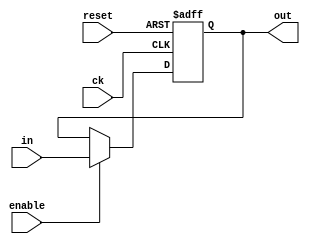
module reg8b(in, out, ck, reset, enable);
  input [7:0] in;
  output [7:0] out;
  input ck, reset, enable;

  reg [7:0] out;

  always @(posedge ck or posedge reset)
    if (reset)
	   out <= 8'd0;
	 else
		if (enable)
		  out <= in;		
endmodule